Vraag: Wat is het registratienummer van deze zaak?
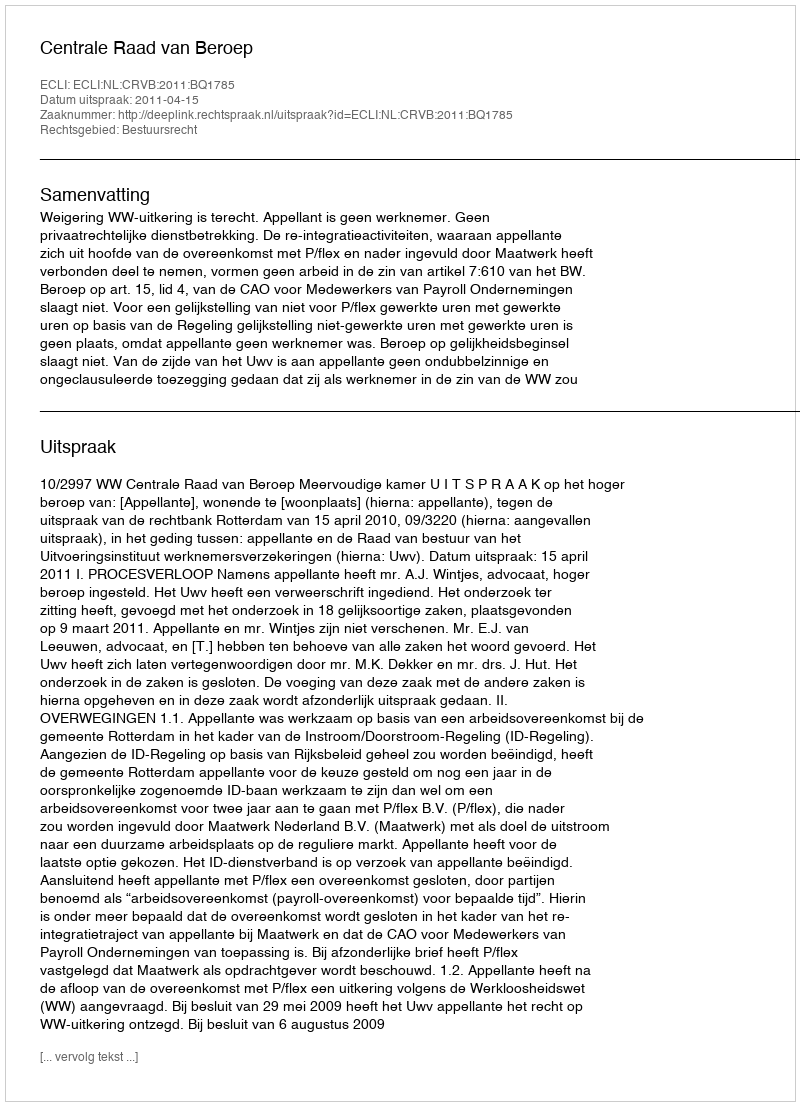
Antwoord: http://deeplink.rechtspraak.nl/uitspraak?id=ECLI:NL:CRVB:2011:BQ1785